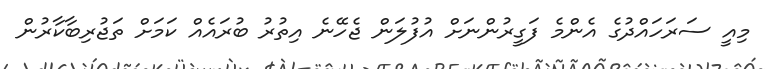
މިއީ ސަރަހައްދުގެ އެންމެ ފަގީރުންނަށް އުފުލަން ޖެހޭނެ އިތުރު ބުރައެއް ކަމަށް ތަޖުރިބާކާރުން